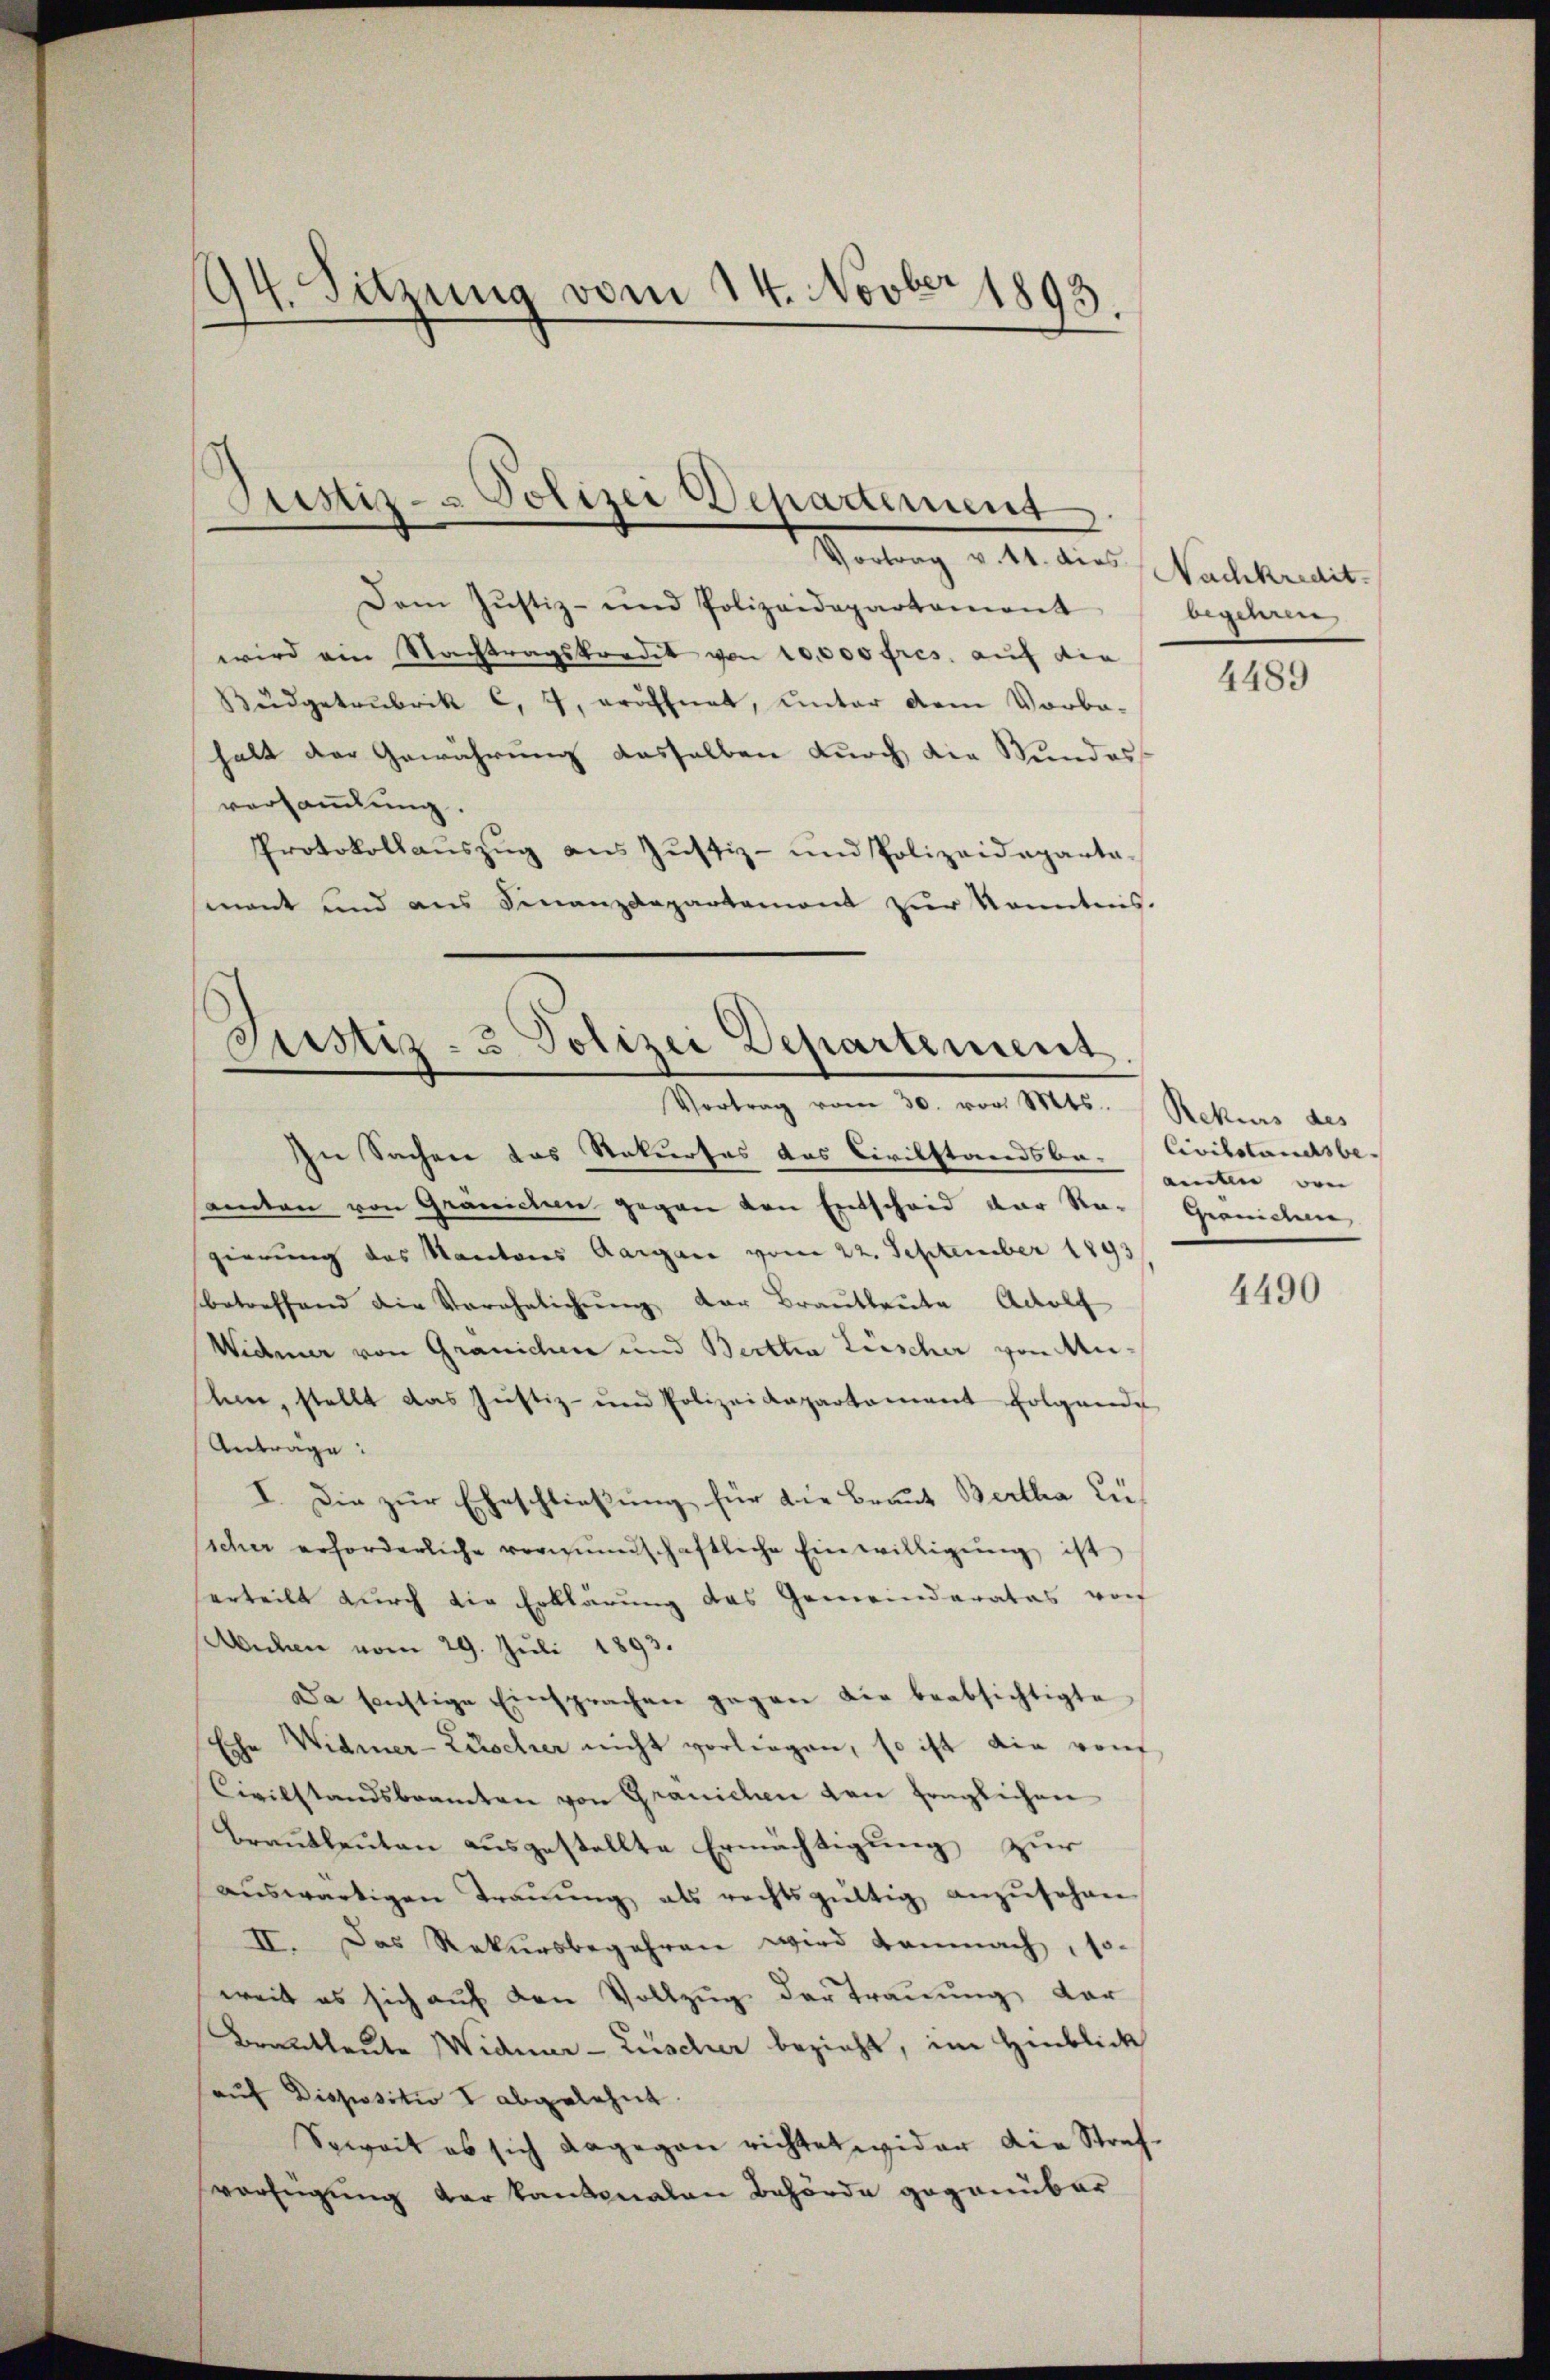
94. Sitzung vom 14. Novber 1893

Dem Justiz- und Polizeidepartament
wird ein Nachtragskredit von 10,000 fres. auf die
Büdgetrubrik C, 7, eröffnet, unter dem Vorba-
halt der Gewährung dasselben durch die Stundesversammlung.
Protokollaŭszŭg aŭs Jŭstiz- und Polizeideparta-
mant und aus Finanzdepartemont zur Kenntnis.

Justiz- u S
Polizei Departement
Vortrag v. 14. dies Nachkredit

Justiz- & Polizei Departement
Vortrag vom 30. vor. Mts. (Rekurs des

In Sachen das Rekurses das Civilstandsbe- Civilstandsbeamten von Gränichen gegen den Entscheid der Re-
gierung des Nacatores Aargare vom 22. September 1893
betreffend die Verehelichŭng der Brautleute Adolf
Widmer von Gränichen und Bertha Lüscher von Meisam, stellt das Justiz- und Polizeidepartament folgende
Anträge:
I. Die zur Eheschließung für die Braut Bertha Liesicher erforderliche vormundschaftliche Einwilligŭng ist
erteilt durch die Erklärung das Gemeinderates vorf
Wichen vom 29. Juli 1893.
Da sonstige Einsprachen gegen die beabsichtigte
Eche Widmer-Lüscher nicht vorliegen, so ist die von
Civilstandsbeamten von Granichen von fraglichen
Brautleuten ausgestellte Ermächtigung zur
aŭswärtigen Traŭŭng als rechtsgültig anzŭsehen
II. Das Rekursbegehren wird demnach, so-
weit es sich auf den Vollzug der Trauung der
Brautleute Widmer-Züscher bezieht, im Hinblick
aŭf Dispositio I abgelehnt.
Soweit es sich dagegen richtet wider die Strafverfügung der kantonalen Behörde gegenüber

begehren

4489

amli von
Gernichen,

4490